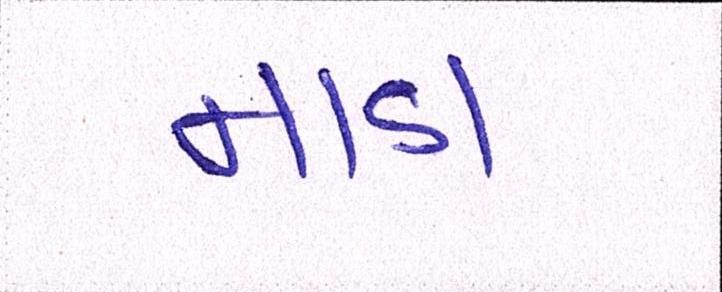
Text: નાડા